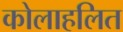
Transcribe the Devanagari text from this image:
कोलाहलित